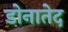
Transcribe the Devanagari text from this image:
डोनातेद